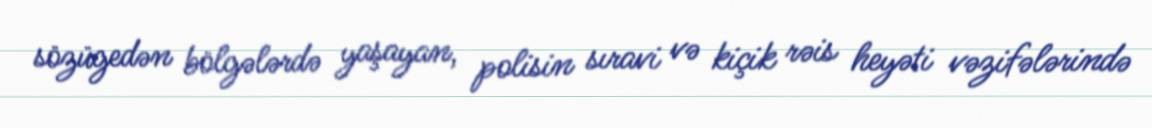
sözügedən bölgələrdə yaşayan, polisin sıravi və kiçik rəis heyəti vəzifələrində